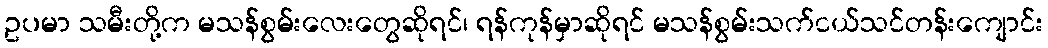
ဥပမာ သမီးတို့က မသန်စွမ်းလေးတွေဆိုရင်၊ ရန်ကုန်မှာဆိုရင် မသန်စွမ်းသက်ငယ်သင်တန်းကျောင်း